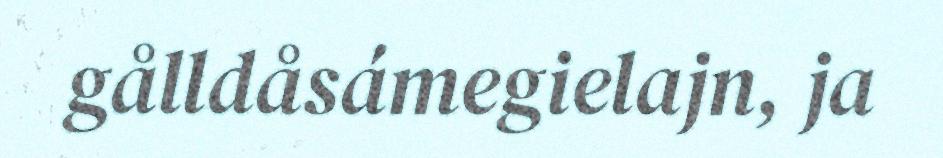
gålldåsámegielajn, ja